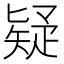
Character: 疑